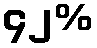
၄၂%